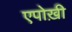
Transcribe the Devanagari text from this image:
एपोख़ी